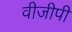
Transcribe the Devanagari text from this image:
वीजीपी